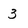
Character: 3